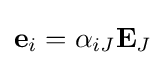
\mathbf {e} _{i}=\alpha _{iJ}\mathbf {E} _{J}